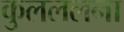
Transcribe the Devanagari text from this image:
कुलललना